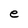
Character: e